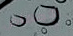
الإجهاض